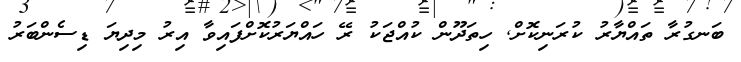
ބަނގުރާ ތައްޔާރު ކުރަނިކޮށް